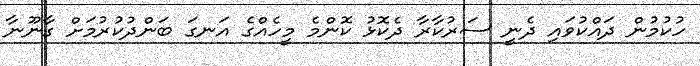
ހުކުމުން ދައްކުވައި ދެނީ ސަރުކާރާ ދެކޮޅު ކޮންމެ މީހެއްގެ އަނގަ ބަންދުކުރުމަށް ގާނޫނާ